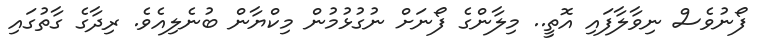
ފޯނުވެސް ނިވާލާފައި އޮތީ.. މިލާންގެ ފޯނަށް ނުގުޅުމުން މިކްޔާން ބުނެލިއެވެ. ރިދާގެ ގާތުގައި